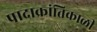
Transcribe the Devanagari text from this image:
पादाक्रांतिकाळी